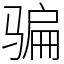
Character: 骗